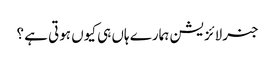
جنرلائزیشن ہمارے ہاں ہی کیوں ہوتی ہے ؟